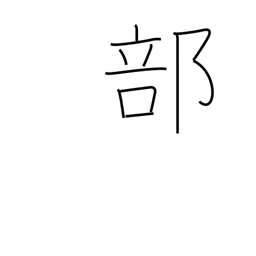
Meaning: portion